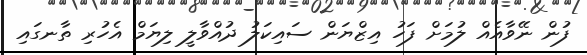
ފުން ނޭވާއެއް ލުމަށް ފަހު އިޒްޔަން ސައިކަލު ދުއްވާލީ ލިޔަމް އެހުރި ތާނގައި